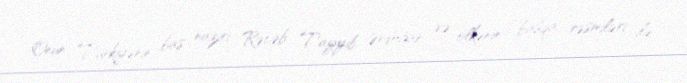
Onun Türkiyənin baş naziri Rəcəb Tayyib Ərdoğan və ölkənin başqa rəsmiləri ilə